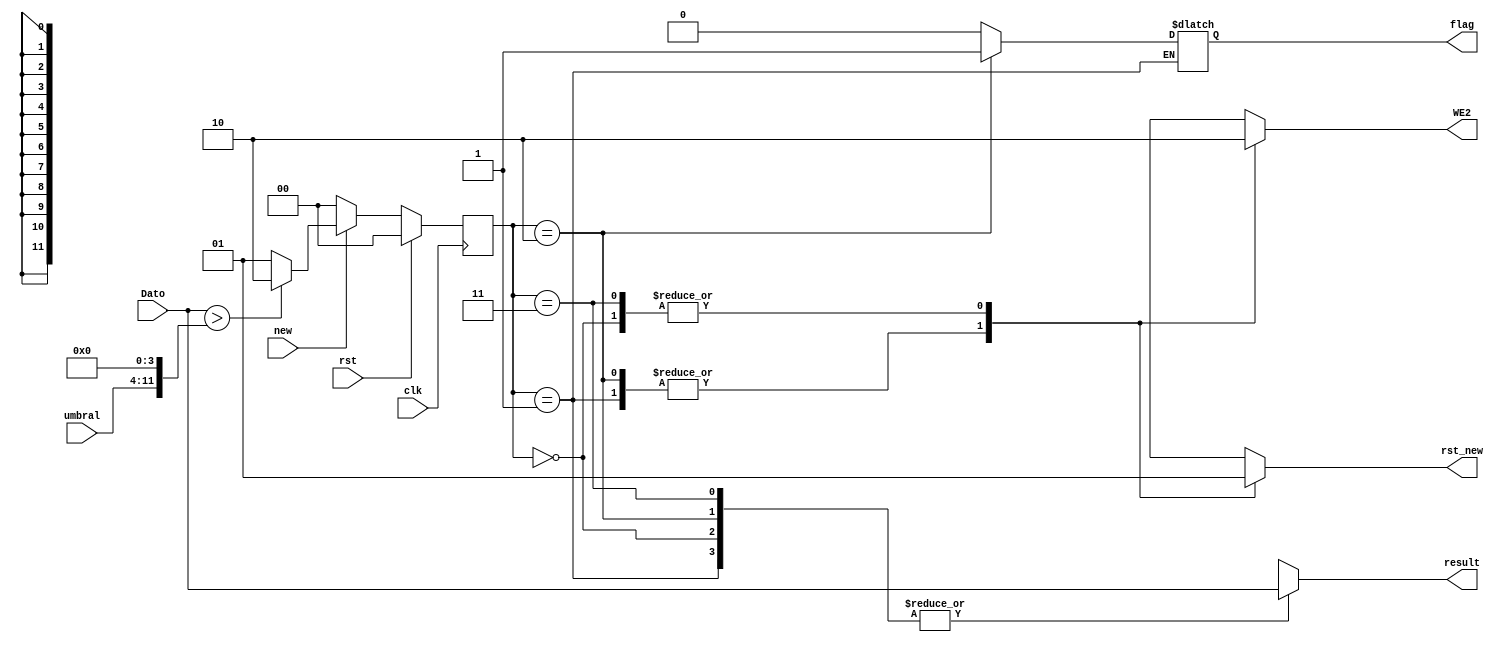
module XADC_control (input [7:0]umbral, input [11:0]Dato, input new,clk,rst, 
                    output reg [11:0]result, output reg WE2,rst_new,flag);
wire [11:0] umbral_control;
reg [1:0] estado;

assign umbral_control = {umbral,4'b0};
always @(posedge clk) 
    begin
        if (rst) estado <= 2'b00;
        else begin
            if (new) begin
                if (Dato>umbral_control) estado<=2'b10;
                else estado<=2'b01;
            end
            else begin
                estado <= 2'b00;
            end
        end
    end
always @(*) begin
    case (estado)
    0: begin
        result = Dato;
        WE2 = 1'b0;
        rst_new = 1'b1;
        flag = 1'b0;
    end
    1: begin
        result = Dato;
        WE2 = 1'b1;
        rst_new = 1'b0;
    end
    2:begin 
        result = Dato;
        WE2 = 1'b1;
        rst_new = 1'b0;
        flag = 1'b1;
    end
    3: begin
        result = Dato;
        WE2 = 1'b0;
        rst_new = 1'b1;
        flag = 1'b0;
    end
endcase
end 
endmodule